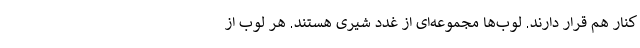
کنار هم قرار دارند. لوب‌ها مجموعه‌ای از غدد شیری هستند. هر لوب از